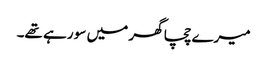
میرے چچا گھر میں سو رہے تھے۔